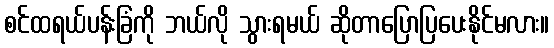
စင်ထရယ်ပန်းခြံကို ဘယ်လို သွားရမယ် ဆိုတာပြောပြပေးနိုင်မလား။